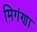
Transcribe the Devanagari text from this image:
मिगंणा